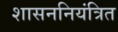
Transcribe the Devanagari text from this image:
शासननियंत्रित